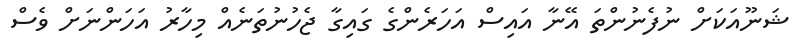
ޝަނޫއަކަށް ނުފެނުންތަ އޭނާ އައިސް އަހަރެންގެ ގައިގާ ޖެހުނުތަނެއް މިހާރު އަހަންނަށް ވެސް